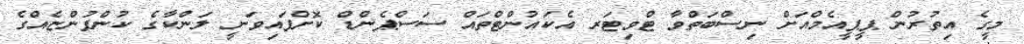
މީގެ އިތުރުން ޕީޕީއެމްއަށް ނިސްބަތްވާ ޓްވިޓަރ އެކައުންޓްތައް ސަސްޕެންޑް ކޮށްފައިވަނީ ލަންކާގެ ކުންފުންޏެއްގެ